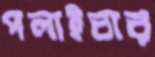
পলাইবার